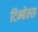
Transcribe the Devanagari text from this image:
टिम्बेल्स